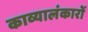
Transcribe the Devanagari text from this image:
काव्यालंकारों